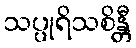
သပ္ပုရိသစိန္တီ